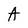
Character: A